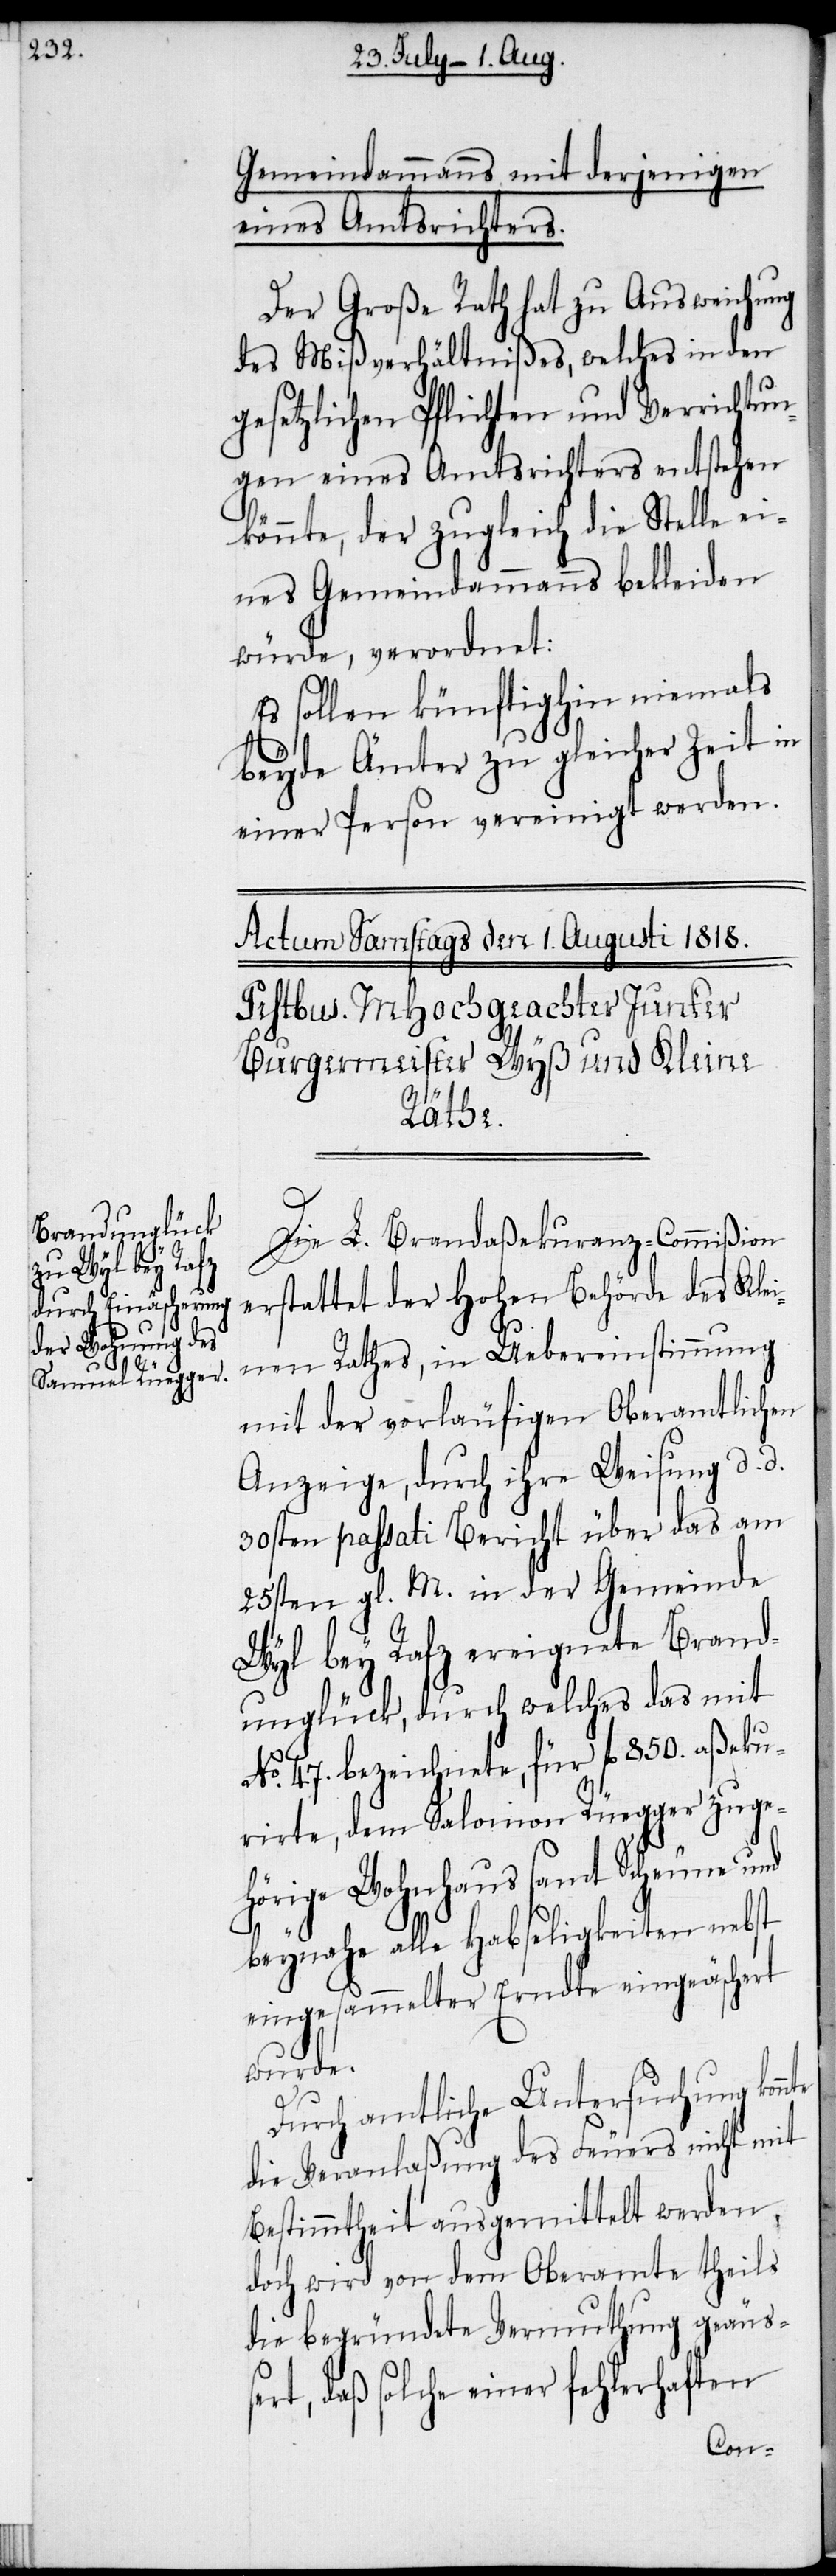
Gemeindammanns mit derjenigen
eines Amtsrichters.
Der Große Rath hat zu Ausweichung
des Mißverhältnißes, welches in den
gesetzlichen Pflichten und Verrichtun¬
gen eines Amtsrichters entstehen
könnte, der zugleich die Stelle ei¬
nes Gemeindammanns bekleiden
würde, verordnet:
Es sollen künftighin niemals
beyde Ämter zu gleicher Zeit in
einer Person vereinigt werden.
Die L. Brandaßekuranz-Commißion
erstattet der Hohen Behörde des Klei¬
nen Rathes, in Uebereinstimmung
mit der vorläufigen Oberamtlichen
Anzeige, durch ihre Weisung d. d.
30sten passati Bericht über das am
25sten gl. M. in der Gemeinde
Wyl bey Rafz ereignete Brand¬
unglück, durch welches das mit
No. 47. bezeichnete, für fl 850. aßeku¬
rirte, dem Salomon Rüegger zuge¬
hörige Wohnhaus samt Scheune und
beynahe alle Habseligkeiten nebst
eingesammelter Erndte eingeäschert
onnte
Durch amtliche Untersuchung k¬
die Veranlaßung des Feuers nicht mit
Bestimmtheit ausgemittelt werden,
doch wird von dem Oberamte theils
die begründete Vermuthung geäuß¬
ert, daß solche einer fehlerhaften